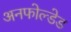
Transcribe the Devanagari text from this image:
अनफोल्डेड